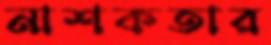
নাশকতার